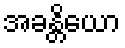
အခန္တိယော